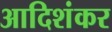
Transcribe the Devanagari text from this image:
आदिशंकर